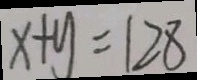
x + y = 1 2 8